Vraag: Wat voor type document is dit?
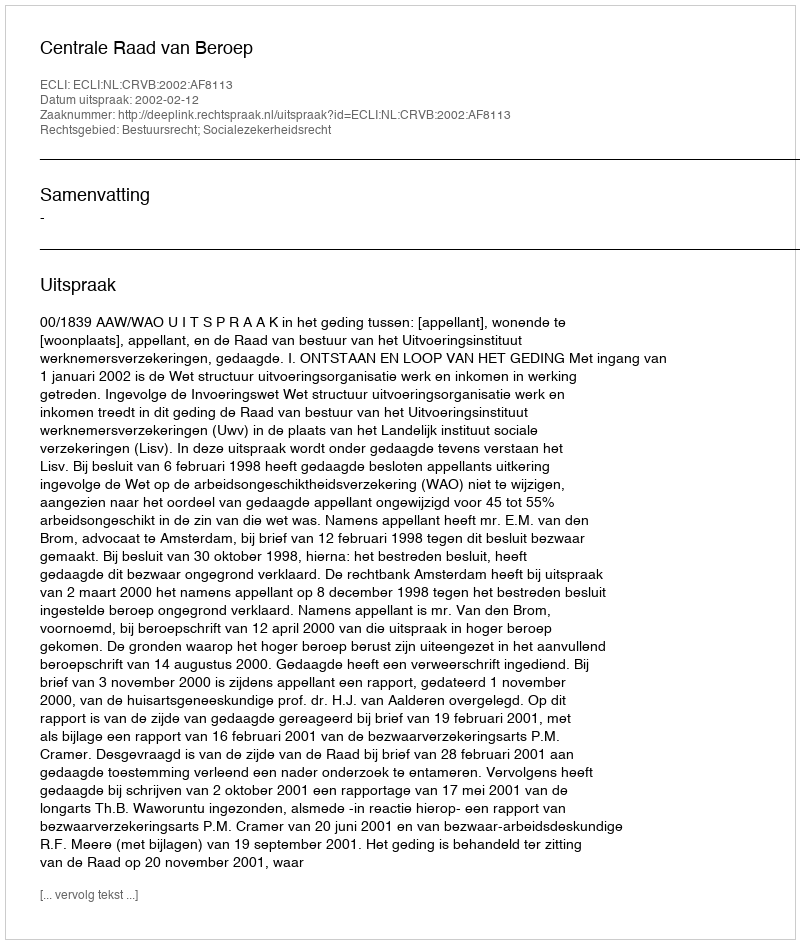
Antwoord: Uitspraak